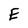
Character: E